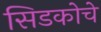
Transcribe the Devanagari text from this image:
सिडकोचे